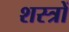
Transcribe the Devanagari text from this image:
शस्‍त्रों